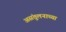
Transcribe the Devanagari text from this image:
असंतुलनाच्या